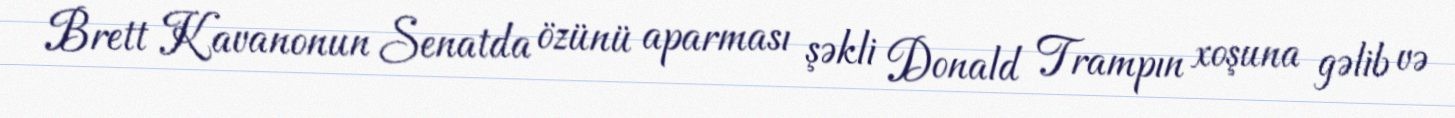
Brett Kavanonun Senatda özünü aparması şəkli Donald Trampın xoşuna gəlib və